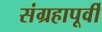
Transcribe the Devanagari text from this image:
संग्रहापूर्वी